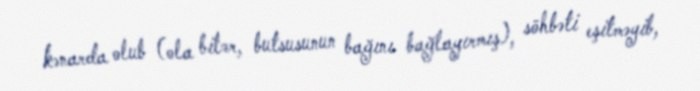
kənarda olub (ola bilər, butsusunun bağını bağlayırmış), söhbəti eşitməyib,